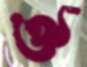
ঔ